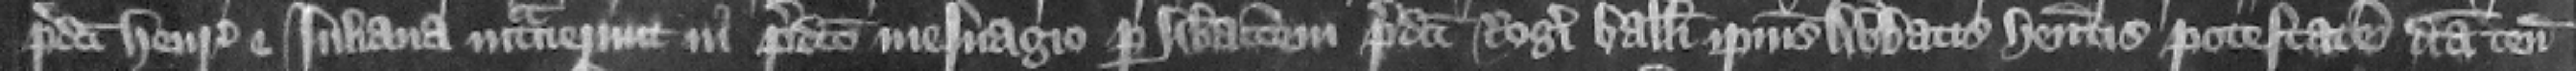
predicti Henricus et luliana intrauerunt in predicto mesuagio per liberacionem predicti Rogeri balliui ipsius abbatis habentis potestatem dicta tenementa